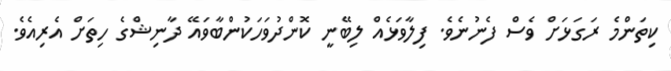
ކިތަންމެ ރަގަޅަށް ވެސް ފެނުނެވެ. ފިލާވަޅެއް ލިބޭނީ ކޮންދުވަހަކުންބާވައޭ ދާނިޝްގެ ހިތަށް އެރިއެވެ.